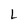
Character: L